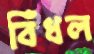
বিঁধল